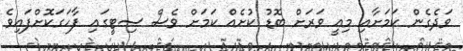
ވަދެގެން ކަމަށާއި މިއީ ވަރަށް ބޮޑު ކުށެއް ކަމަށް ވެސް ސިޓީގައި ފާހަގަކޮށްފައިވެ